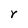
Character: r